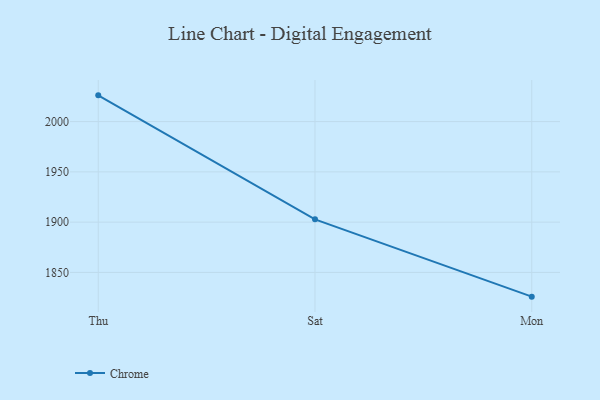
{"axis": {"x": "Day", "y": "LTV (USD)"}, "legend": ["Chrome"], "data": [{"x": "Thu", "y": 2026.1, "type": "Chrome"}, {"x": "Sat", "y": 1902.8, "type": "Chrome"}, {"x": "Mon", "y": 1825.9, "type": "Chrome"}]}